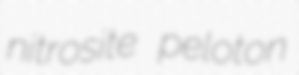
nitrosite peloton